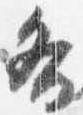
各